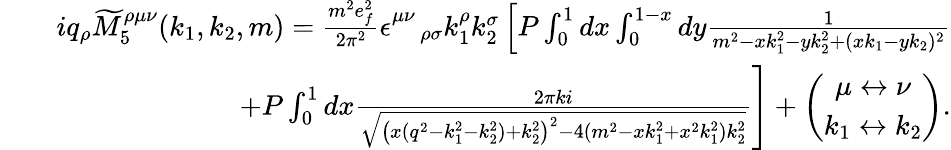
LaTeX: \begin{array}{rlr}&{}&{iq_{\rho}\widetilde{M}_{5}^{\rho\mu\nu}(k_{1},k_{2},m)=\frac{m^{2}e_{f}^{2}}{2\pi^{2}}\epsilon_{\quad\rho\sigma}^{\mu\nu}k_{1}^{\rho}k_{2}^{\sigma}\left[P\int_{0}^{1}dx\int_{0}^{1-x}dy\frac{1}{m^{2}-xk_{1}^{2}-yk_{2}^{2}+(xk_{1}-yk_{2})^{2}}\right.}\\ &{}&{\left.+P\int_{0}^{1}dx\frac{2\pi ki}{\sqrt{\left(x(q^{2}-k_{1}^{2}-k_{2}^{2})+k_{2}^{2}\right)^{2}-4(m^{2}-xk_{1}^{2}+x^{2}k_{1}^{2})k_{2}^{2}}}\right]+\left(\begin{array}{c}{\mu\leftrightarrow\nu}\\ {k_{1}\leftrightarrow k_{2}}\end{array}\right).}\end{array}